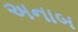
અનાબ